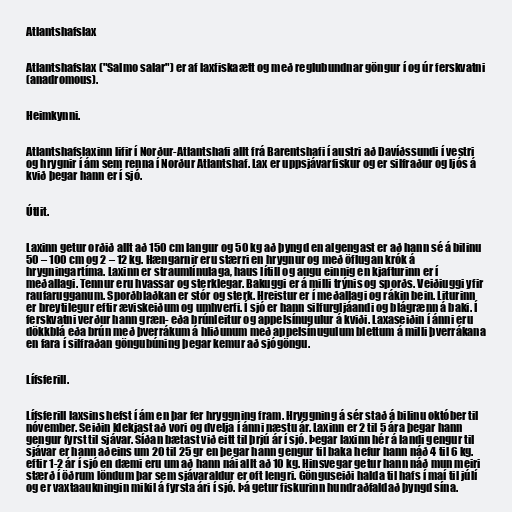
Atlantshafslax

Atlantshafslax ("Salmo salar") er af laxfiskaætt og með reglubundnar göngur í og úr ferskvatni
(anadromous).

Heimkynni.

Atlantshafslaxinn lifir í Norður-Atlantshafi allt frá Barentshafi í austri að Davíðssundi í vestri
og hrygnir í ám sem renna í Norður Atlantshaf. Lax er uppsjávarfiskur og er silfraður og ljós á
kvið þegar hann er í sjó.

Útlit.

Laxinn getur orðið allt að 150 cm langur og 50 kg að þyngd en algengast er að hann sé á bilinu
50 – 100 cm og 2 – 12 kg. Hængarnir eru stærri en hrygnur og með öflugan krók á
hrygningartíma. Laxinn er straumlínulaga, haus lítill og augu einnig en kjafturinn er í
meðallagi. Tennur eru hvassar og sterklegar. Bakuggi er á milli trýnis og sporðs. Veiðiuggi yfir
raufarugganum. Sporðblaðkan er stór og sterk. Hreistur er í meðallagi og rákin bein. Liturinn
er breytilegur eftir æviskeiðum og umhverfi. Í sjó er hann silfurgljáandi og blágrænn á baki. Í
ferskvatni verður hann græn- eða brúnleitur og appelsínugulur á kviði. Laxaseiðin í ánni eru
dökkblá eða brún með þverrákum á hliðunum með appelsínugulum blettum á milli þverrákana
en fara í silfraðan göngubúning þegar kemur að sjógöngu.

Lífsferill.

Lífsferill laxsins hefst í ám en þar fer hryggning fram. Hryggning á sér stað á bilinu október til
nóvember. Seiðin klekjast að vori og dvelja í ánni næstu ár. Laxinn er 2 til 5 ára þegar hann
gengur fyrst til sjávar. Síðan bætast við eitt til þrjú ár í sjó. Þegar laxinn hér á landi gengur til
sjávar er hann aðeins um 20 til 25 gr en þegar hann gengur til baka hefur hann náð 4 til 6 kg.
eftir 1-2 ár í sjó en dæmi eru um að hann nái allt að 10 kg. Hinsvegar getur hann náð mun meiri
stærð í öðrum löndum þar sem sjávaraldur er oft lengri. Gönguseiði halda til hafs í maí til júlí
og er vaxtaaukningin mikil á fyrsta ári í sjó. Þá getur fiskurinn hundraðfaldað þyngd sína.